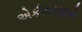
એકીકરણએ